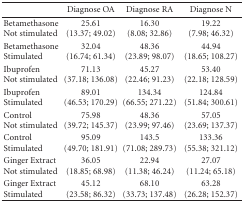
<table><thead><tr><td><b> </b></td><td><b>Diagnose OA</b></td><td><b>Diagnose RA</b></td><td><b>Diagnose N</b></td></tr></thead><tbody><tr><td>BetamethasoneNot stimulated</td><td>25.61(13.37; 49.02)</td><td>16.30(8.08; 32.86)</td><td>19.22(7.98; 46.32)</td></tr><tr><td>BetamethasoneStimulated</td><td>32.04(16.74; 61.34)</td><td>48.36(23.89; 98.07)</td><td>44.94(18.65; 108.27)</td></tr><tr><td>IbuprofenNot stimulated</td><td>71.13(37.18; 136.08)</td><td>45.27(22.46; 91.23)</td><td>53.40(22.18; 128.59)</td></tr><tr><td>IbuprofenStimulated</td><td>89.01(46.53; 170.29)</td><td>134.34(66.55; 271.22)</td><td>124.84(51.84; 300.61)</td></tr><tr><td>ControlNot stimulated</td><td>75.98(39.72; 145.37)</td><td>48.36(23.99; 97.46)</td><td>57.05(23.69; 137.37)</td></tr><tr><td>ControlStimulated</td><td>95.09(49.70; 181.91)</td><td>143.5(71.08; 289.73)</td><td>133.36(55.38; 321.12)</td></tr><tr><td>Ginger ExtractNot stimulated</td><td>36.05(18.85; 68.98)</td><td>22.94(11.38; 46.24)</td><td>27.07(11.24; 65.18)</td></tr><tr><td>Ginger ExtractStimulated</td><td>45.12(23.58; 86.32)</td><td>68.10(33.73; 137.48)</td><td>63.28(26.28; 152.37)</td></tr></tbody></table>